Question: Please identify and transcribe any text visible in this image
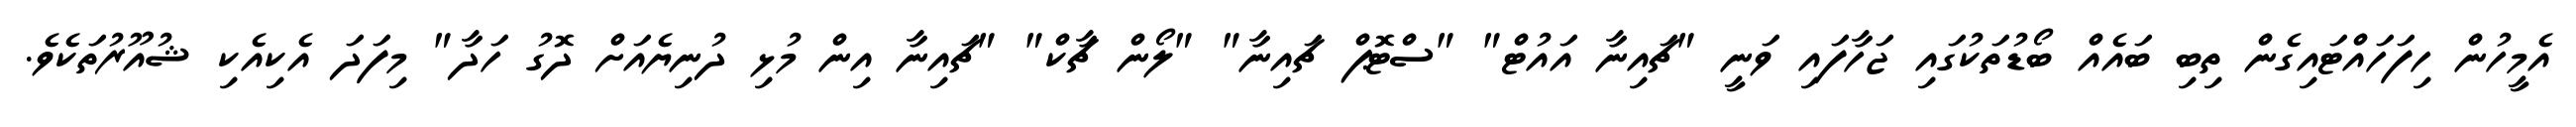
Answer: އެމީހުން ހިފަހައްޓައިގެން ތިބި ބައެއް ބޯޑުތަކުގައި ޖަހާފައި ވަނީ "ޗައިނާ އައުޓް" "ސްޓޮޕް ޗައިނާ" "ލޯން ޗާކް" "ޗައިނާ އިން މުޅި ދުނިޔެއަށް ދޮގު ހަދާ" މިފަދަ އެކިއެކި ޝުއޫރުތަކެވެ.